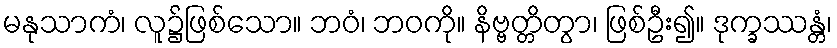
မနုသာကံ၊ လူ၌ဖြစ်သော။ ဘဝံ၊ ဘဝကို။ နိဗ္ဗတ္တိတွာ၊ ဖြစ်ဦး၍။ ဒုက္ခဿန္တံ၊